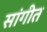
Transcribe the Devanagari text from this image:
सांगीत